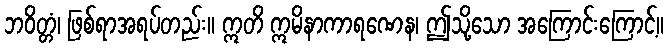
ဘဝိတ္တံ၊ ဖြစ်ရာအရပ်တည်း။ ဣတိ ဣမိနာကာရဏေန၊ ဤသို့သော အကြောင်းကြောင့်။